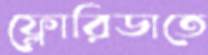
ফ্লোরিডাতে